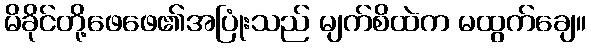
မိခိုင်တို့ဖေဖေ၏အပြုံးသည် မျက်စိထဲက မထွက်ချေ။